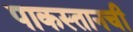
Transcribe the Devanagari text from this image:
पाकस्तानची